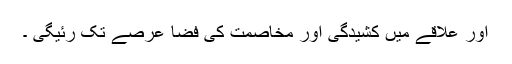
اور علاقے میں کشیدگی اور مخاصمت کی فضا عرصے تک رئیگی ۔